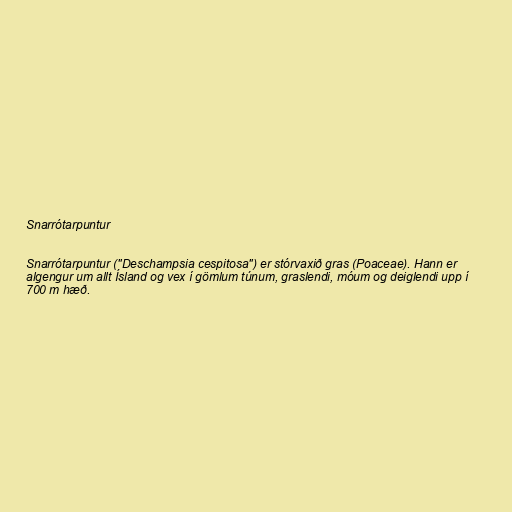
Snarrótarpuntur

Snarrótarpuntur ("Deschampsia cespitosa") er stórvaxið gras (Poaceae). Hann er
algengur um allt Ísland og vex í gömlum túnum, graslendi, móum og deiglendi upp í
700 m hæð.